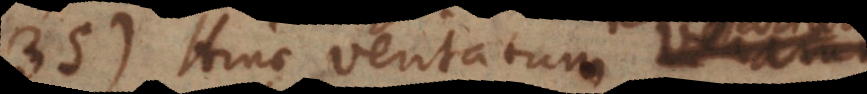
135) Hinc veritatum verarum